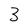
Character: 3